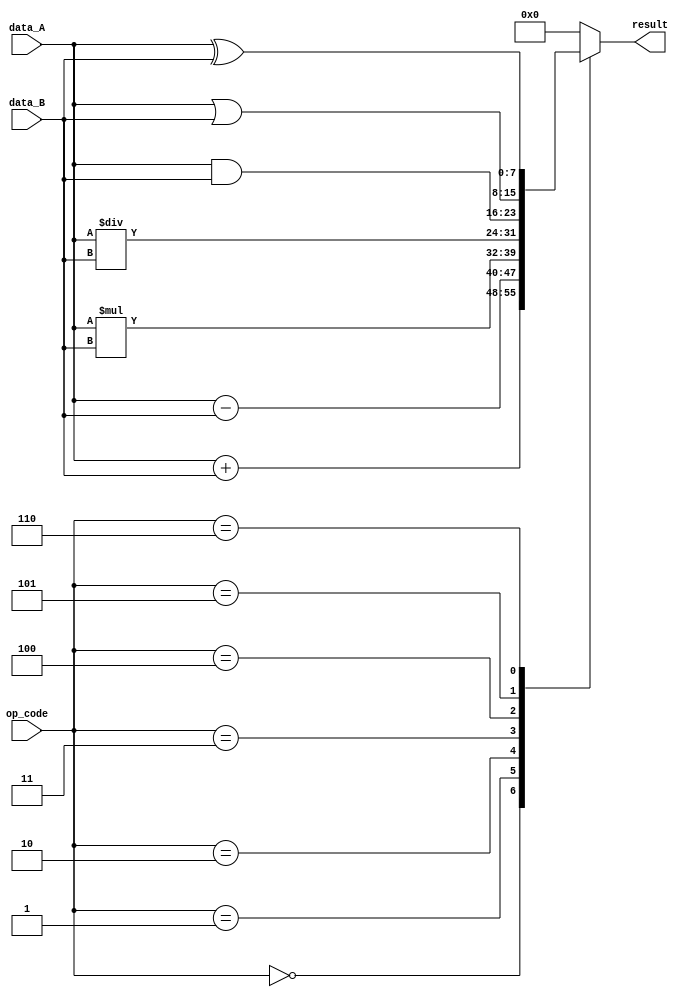
module ALU(
    input [7:0] data_A,
    input [7:0] data_B,
    input [2:0] op_code,
    output reg [7:0] result
);

always @(*) begin
    case(op_code)
        3'b000: result = data_A + data_B; // Addition operation
        3'b001: result = data_A - data_B; // Subtraction operation
        3'b010: result = data_A * data_B; // Multiplication operation
        3'b011: result = data_A / data_B; // Division operation
        3'b100: result = data_A & data_B; // Bitwise AND operation
        3'b101: result = data_A | data_B; // Bitwise OR operation
        3'b110: result = data_A ^ data_B; // Bitwise XOR operation
        default: result = 8'b0;
    endcase
end

endmodule